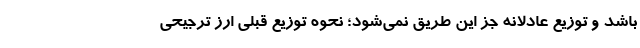
باشد و توزیع عادلانه جز این طریق نمی‌شود؛ نحوه توزیع قبلی ارز ترجیحی